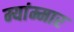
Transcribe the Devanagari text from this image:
म्यांम्मार